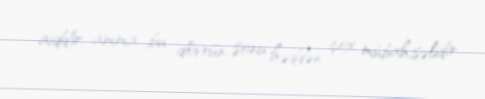
aiddir, amma bu dövrün sonu həddən çox mübahisəlidir.